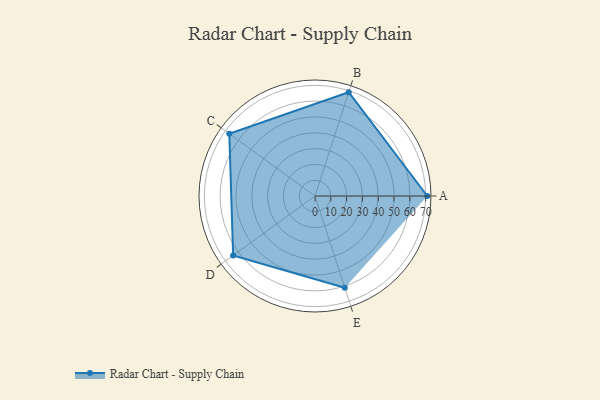
{"axis": {"x": "Skill", "y": "Score"}, "legend": ["Profile"], "data": [{"x": "A", "y": 71.0, "type": "Profile"}, {"x": "B", "y": 69.0, "type": "Profile"}, {"x": "C", "y": 67.0, "type": "Profile"}, {"x": "D", "y": 64.0, "type": "Profile"}, {"x": "E", "y": 61.0, "type": "Profile"}]}